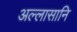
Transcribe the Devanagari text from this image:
अल्लासानि